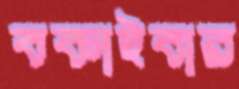
বকাইবার